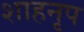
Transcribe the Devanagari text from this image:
शाहनृप